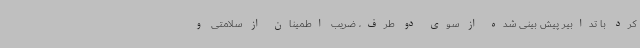
کرد با تدابیر پیش بینی شده از سوی دو طرف، ضریب اطمینان از سلامتی و